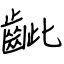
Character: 齜